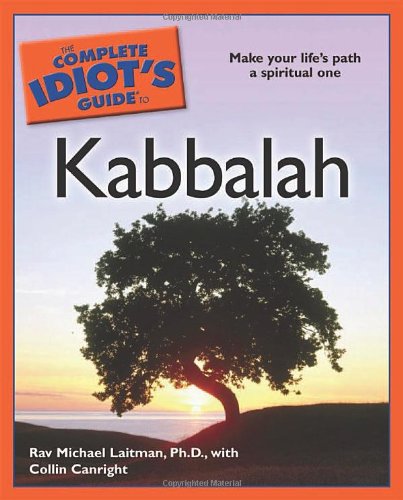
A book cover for The Complete Idiot's Guide to Kabbalah (Complete Idiot's Guides (Lifestyle Paperback)); Rav. Michael Laitman; Religion & Spirituality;